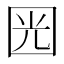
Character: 㘢